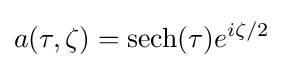
a(\tau ,\zeta )=\operatorname {sech} (\tau )e^{i\zeta /2}